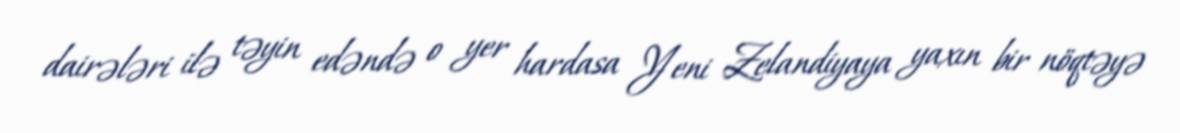
dairələri ilə təyin edəndə o yer hardasa Yeni Zelandiyaya yaxın bir nöqtəyə